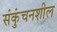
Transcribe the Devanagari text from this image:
संकुंचनशील